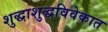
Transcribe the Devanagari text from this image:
शुद्धाशुद्धविवेकात